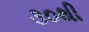
૩૦થી